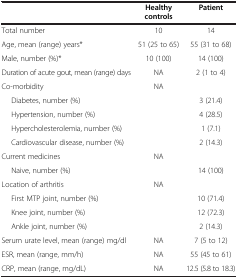
<table><thead><tr><td><b> </b></td><td><b>Healthy controls</b></td><td><b>Patient</b></td></tr></thead><tbody><tr><td>Total number</td><td>10</td><td>14</td></tr><tr><td>Age, mean (range) years*</td><td>51 (25 to 65)</td><td>55 (31 to 68)</td></tr><tr><td>Male, number (%)*</td><td>10 (100)</td><td>14 (100)</td></tr><tr><td>Duration of acute gout, mean (range) days</td><td>NA</td><td>2 (1 to 4)</td></tr><tr><td>Co-morbidity</td><td>NA</td><td> </td></tr><tr><td>Diabetes, number (%)</td><td> </td><td>3 (21.4)</td></tr><tr><td>Hypertension, number (%)</td><td> </td><td>4 (28.5)</td></tr><tr><td>Hypercholesterolemia, number (%)</td><td> </td><td>1 (7.1)</td></tr><tr><td>Cardiovascular disease, number (%)</td><td> </td><td>2 (14.3)</td></tr><tr><td>Current medicines</td><td>NA</td><td> </td></tr><tr><td>Naive, number (%)</td><td> </td><td>14 (100)</td></tr><tr><td>Location of arthritis</td><td>NA</td><td> </td></tr><tr><td>First MTP joint, number (%)</td><td> </td><td>10 (71.4)</td></tr><tr><td>Knee joint, number (%)</td><td> </td><td>12 (72.3)</td></tr><tr><td>Ankle joint, number (%)</td><td> </td><td>2 (14.3)</td></tr><tr><td>Serum urate level, mean (range) mg/dl</td><td>NA</td><td>7 (5 to 12)</td></tr><tr><td>ESR, mean (range, mm/h)</td><td>NA</td><td>55 (45 to 61)</td></tr><tr><td>CRP, mean (range, mg/dL)</td><td>NA</td><td>12.5 (5.8 to 18.3)</td></tr></tbody></table>